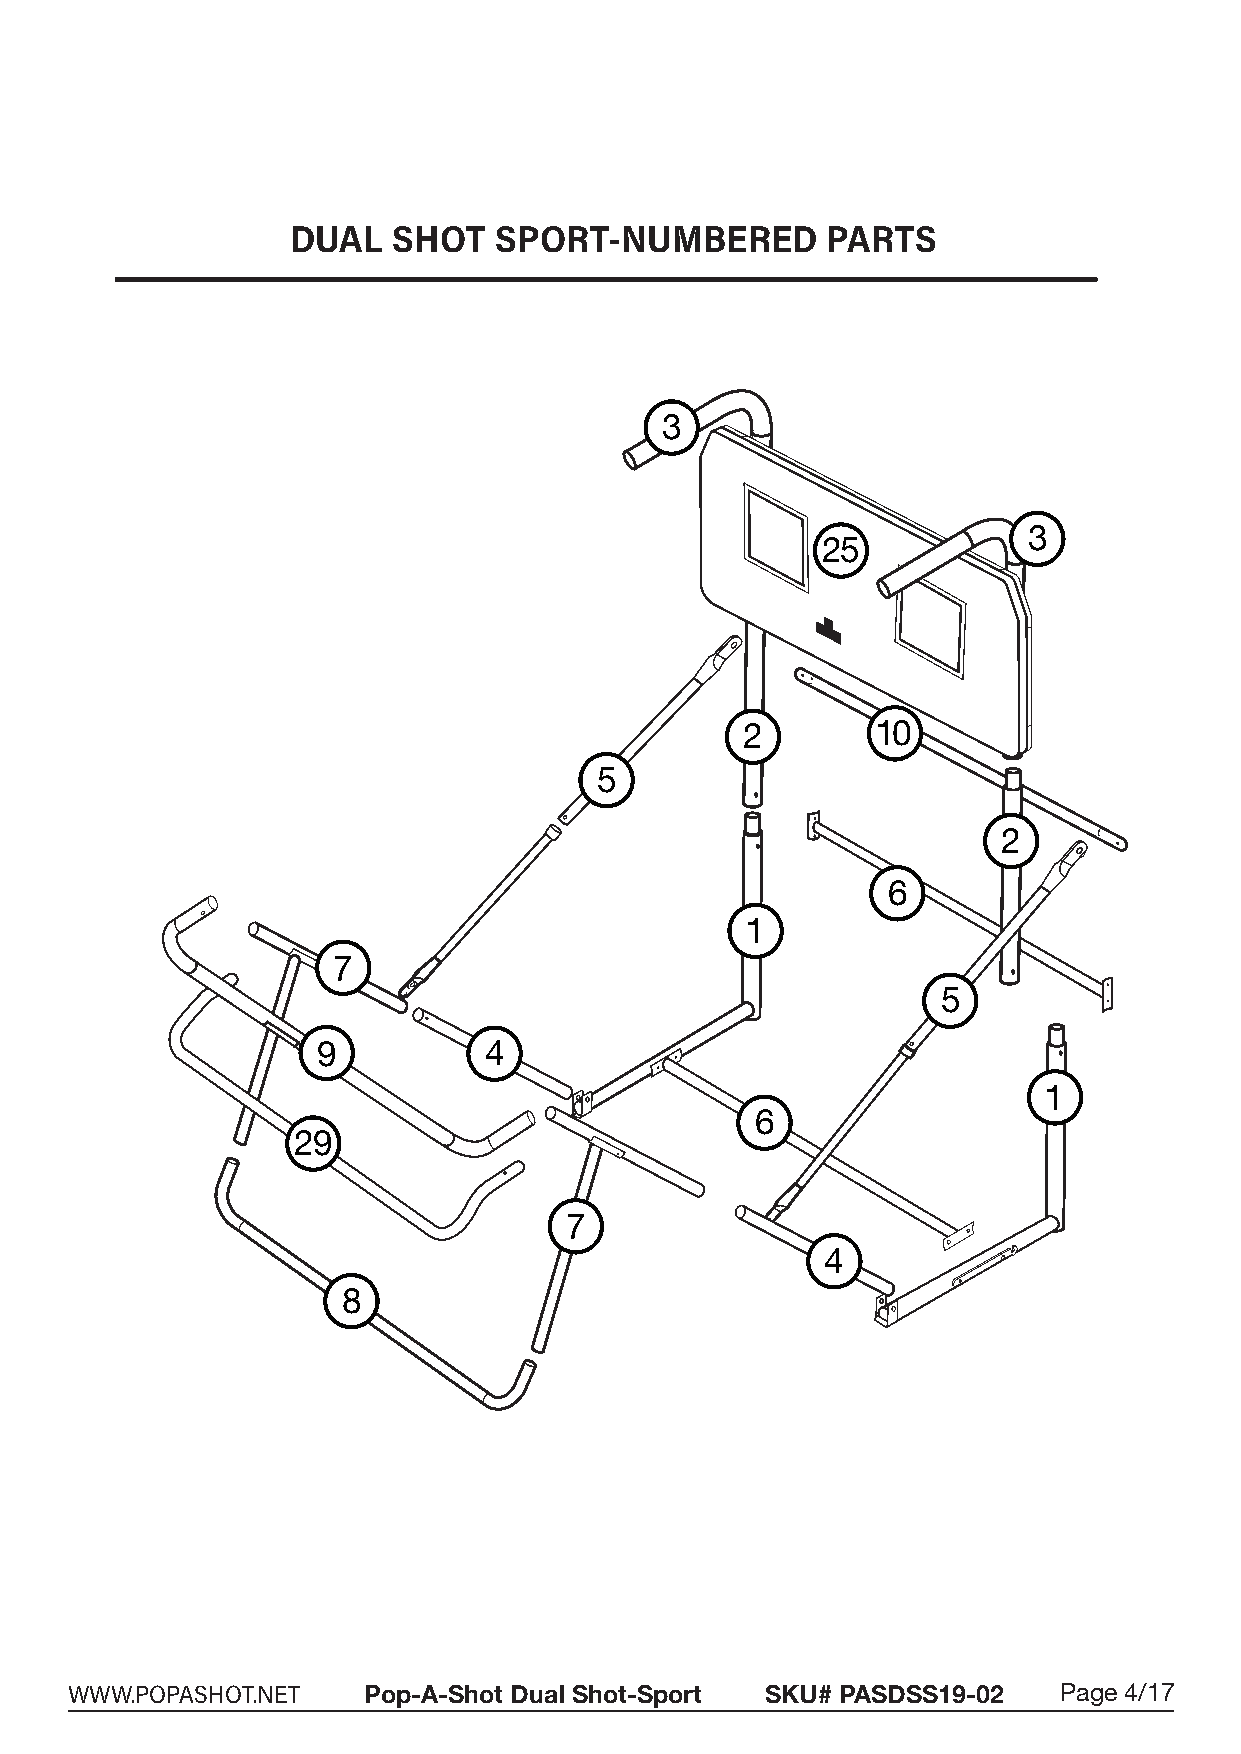
DUAL   SHOT   SPORT-NUMBERED        PARTS
 3
 3
 25
 2        10
 5
 2
 6
 1
 7
 5
 9          4
 1
 6
 29
 7
 4
 8
 WWW.POPASHOT.NET   Pop-A-Shot Dual Shot-Sport SKU# PASDSS19-02   Page 4/17